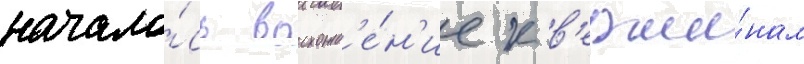
начало́сь восхожд'е́н'ие к в'ерши́нам